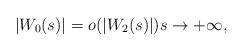
LaTeX: \begin{align*}|W_0(s)| = o(|W_2(s)|) s \to +\infty,\end{align*}